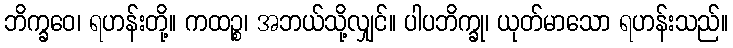
ဘိက္ခဝေ၊ ရဟန်းတို့။ ကထဉ္စ၊ အဘယ်သို့လျှင်။ ပါပဘိက္ခု၊ ယုတ်မာသော ရဟန်းသည်။